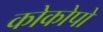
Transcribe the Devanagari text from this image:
कोकोपो